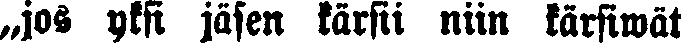
„jos yksi jäsen kärsii niin kärsiwät